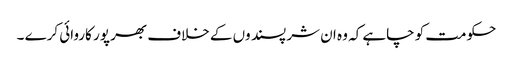
حکومت کو چاہے کہ وہ ان شر پسند وں کے خلاف بھر پور کاروائی کرے ۔